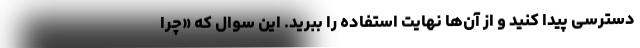
دسترسی پیدا کنید و از آن‌ها نهایت استفاده را ببرید. این سوال که «چرا